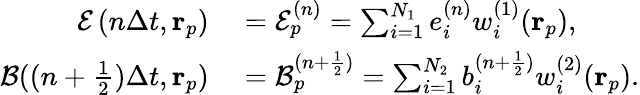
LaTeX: \begin{array}{rl}{\mathcal{E}\left(n\Delta t,\mathbf{r}_{p}\right)}&{{}=\mathcal{E}_{p}^{(n)}=\sum_{i=1}^{N_{1}}e_{i}^{(n)}w_{i}^{(1)}(\mathbf{r}_{p}),}\\ {\mathcal{B}((n+\frac{1}{2})\Delta t,\mathbf{r}_{p})}&{{}=\mathcal{B}_{p}^{(n+\frac{1}{2})}=\sum_{i=1}^{N_{2}}b_{i}^{(n+\frac{1}{2})}w_{i}^{(2)}(\mathbf{r}_{p}).}\end{array}